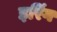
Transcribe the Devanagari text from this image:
इरिंग